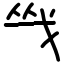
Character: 㦰